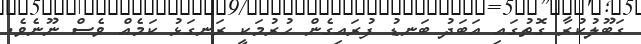
ގަބޫލުކުރާ ގޮތުގައި އަބަދު ބަނޑު ފުރައިގެން ހުރުމަކީ ރަނގަޅު ކަމެއް ވެސް ނޫނެވެ.